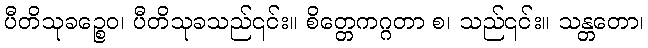
ပီတိသုခဉ္စေဝ၊ ပီတိသုခသည်၎င်း။ စိတ္တေကဂ္ဂတာ စ၊ သည်၎င်း။ သန္တတော၊